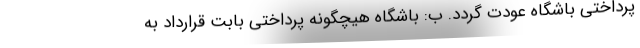
پرداختی باشگاه عودت گردد. ب: باشگاه هیچگونه پرداختی بابت قرارداد به